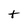
Character: t